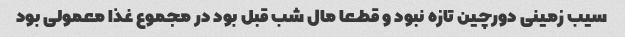
سیب زمینی دورچین تازه نبود و قطعا مال شب قبل بود در مجموع غذا معمولی بود